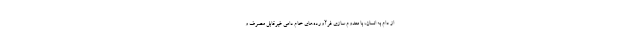
از دام به انسان، با معدوم سازی فرآورده‌های خام دامی غیرقابل مصرف و